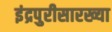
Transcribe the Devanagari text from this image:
इंद्रपुरीसारख्या